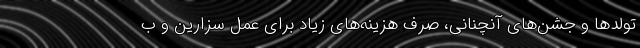
تولد‌ها و جشن‌های آنچنانی، صرف هزینه‌های زیاد برای عمل سزارین و ب